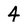
Character: 4